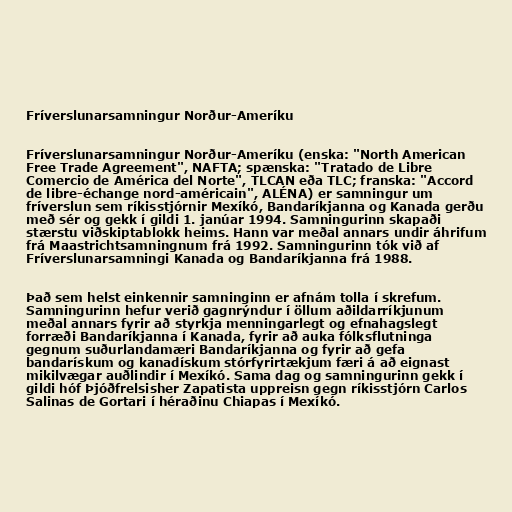
Fríverslunarsamningur Norður-Ameríku

Fríverslunarsamningur Norður-Ameríku (enska: "North American
Free Trade Agreement", NAFTA; spænska: "Tratado de Libre
Comercio de América del Norte", TLCAN eða TLC; franska: "Accord
de libre-échange nord-américain", ALÉNA) er samningur um
fríverslun sem ríkisstjórnir Mexíkó, Bandaríkjanna og Kanada gerðu
með sér og gekk í gildi 1. janúar 1994. Samningurinn skapaði
stærstu viðskiptablokk heims. Hann var meðal annars undir áhrifum
frá Maastrichtsamningnum frá 1992. Samningurinn tók við af
Fríverslunarsamningi Kanada og Bandaríkjanna frá 1988.

Það sem helst einkennir samninginn er afnám tolla í skrefum.
Samningurinn hefur verið gagnrýndur í öllum aðildarríkjunum
meðal annars fyrir að styrkja menningarlegt og efnahagslegt
forræði Bandaríkjanna í Kanada, fyrir að auka fólksflutninga
gegnum suðurlandamæri Bandaríkjanna og fyrir að gefa
bandarískum og kanadískum stórfyrirtækjum færi á að eignast
mikilvægar auðlindir í Mexíkó. Sama dag og samningurinn gekk í
gildi hóf Þjóðfrelsisher Zapatista uppreisn gegn ríkisstjórn Carlos
Salinas de Gortari í héraðinu Chiapas í Mexíkó.